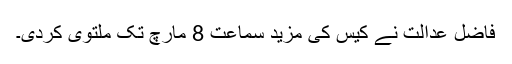
فاضل عدالت نے کیس کی مزید سماعت 8 مارچ تک ملتوی کردی۔